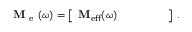
\mathbf { M } _ { \mathrm { ~ e ~ } } ( \omega ) = \left[ \begin{array} { l l l l l } { \mathbf { M } _ { \mathrm { e f f } } ( \omega ) } & { } & { } & { } & { } \end{array} \right] \, .